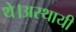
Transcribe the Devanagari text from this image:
थे।अस्थायी